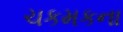
ચકમકના